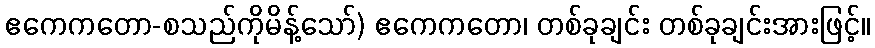
ဧကေကတော-စသည်ကိုမိန့်သော်) ဧကေကတော၊ တစ်ခုချင်း တစ်ခုချင်းအားဖြင့်။